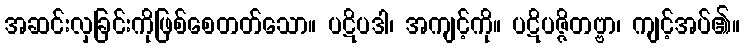
အဆင်းလှခြင်းကိုဖြစ်စေတတ်သော။ ပဋိပဒါ၊ အကျင့်ကို။ ပဋိပဇ္ဇိတဗ္ဗာ၊ ကျင့်အပ်၏။